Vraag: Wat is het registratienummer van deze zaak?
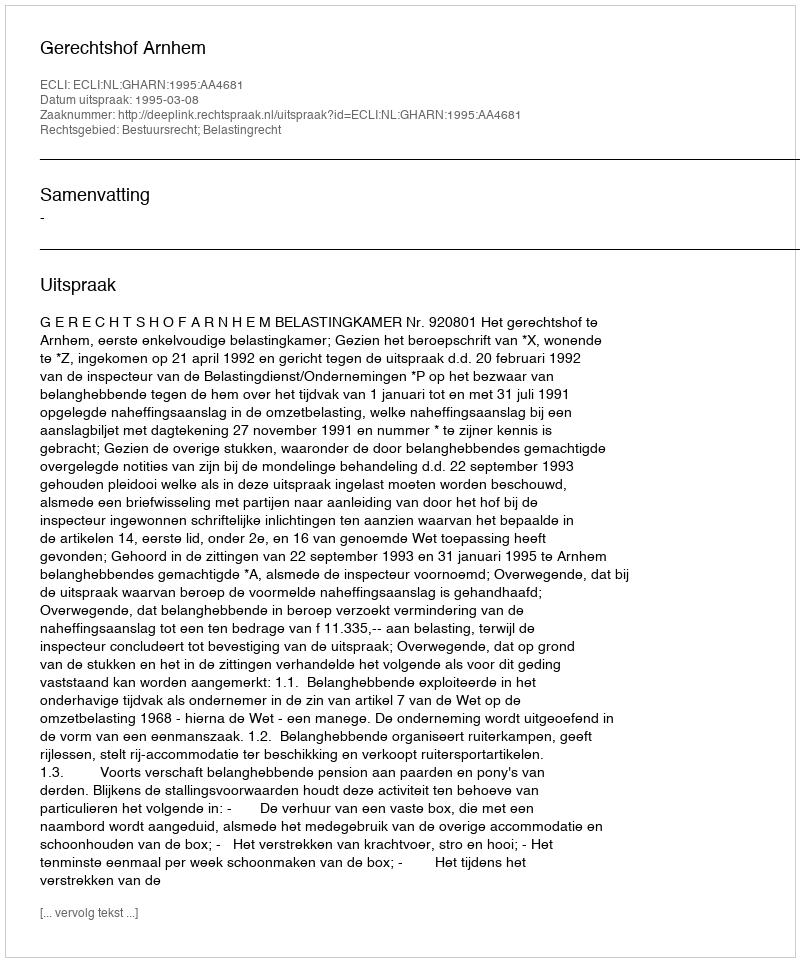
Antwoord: http://deeplink.rechtspraak.nl/uitspraak?id=ECLI:NL:GHARN:1995:AA4681